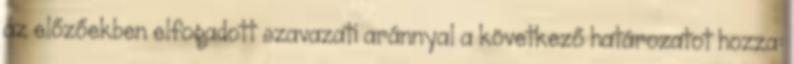
az előzőekben elfogadott szavazati aránnyal a következő határozatot hozza: